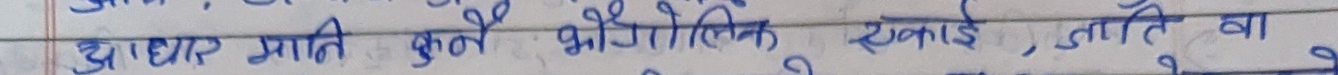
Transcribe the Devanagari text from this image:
जाधार प्रति कुनै भौगोलिक इकाई , जाति वा